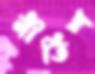
নীতিশ